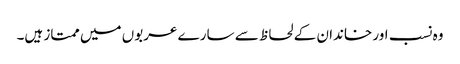
وہ نسب اور خاندان کے لحاظ سے سارے عربوں میں ممتاز ہیں۔